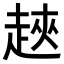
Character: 𧻵